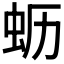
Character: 𱿚